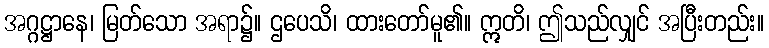
အဂ္ဂဋ္ဌာနေ၊ မြတ်သော အရာ၌။ ဌပေသိ၊ ထားတော်မူ၏။ ဣတိ၊ ဤသည်လျှင် အပြီးတည်း။